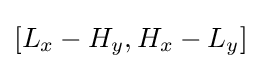
[L_{x}-H_{y},H_{x}-L_{y}]